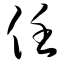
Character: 任